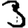
Digit: 3